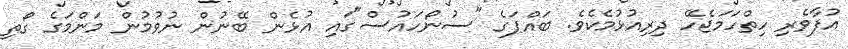
އުފާވެރި ހިތްހަމަޖެހޭ ދިރިއުޅުމެކެވެ. ބައްޕަގެ "ސުނޯހައުސް"ގައި އުޅެން ބޭނުން ނުވުމުން މަންމަގެ ގޯތި